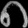
Digit: ၈